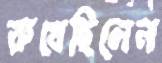
রুখেছিলেন